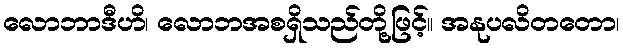
လောဘာဒီဟိ၊ လောဘအစရှိသည်တို့ဖြင့်။ အနုပလိတတော၊